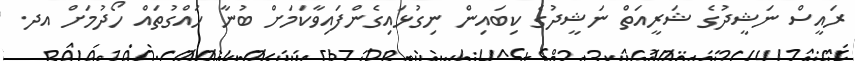
ރައީސް ނަޝީދުގެ ޝަރީއަތް ނަޝީދުގެ ކިބައިން ނިގުޅައިގެންފައިވާކަމަށް ބުނާ ހައްގުތައް ހޯދުމަށް އދ.